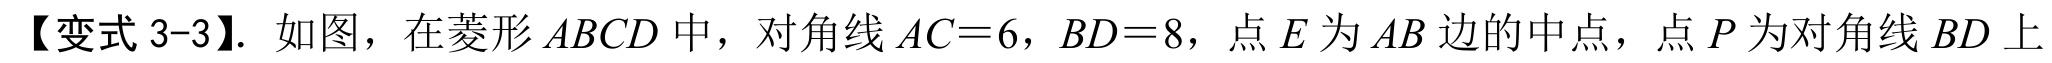
【变式 3-3】. 如图，在菱形 \(ABCD\) 中，对角线 \(AC = 6\)，\(BD = 8\)，点 \(E\) 为 \(AB\) 边的中点，点 \(P\) 为对角线 \(BD\) 上